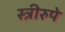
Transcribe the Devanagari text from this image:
स्त्रीरुपे